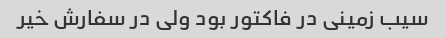
سیب زمینی در فاکتور بود ولی در سفارش خیر